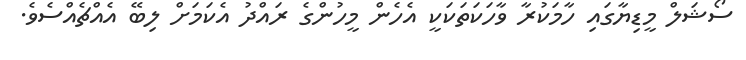
ސޯޝަލް މީޑިޔާގައި ހާމަކުރާ ވާހަކަތަކަކީ އެހެން މީހުންގެ ރައްދު އެކަމަށް ލިބޭ އެއްޗެއްސެވެ.